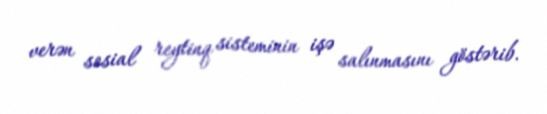
verən sosial reytinq sisteminin işə salınmasını göstərib.